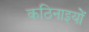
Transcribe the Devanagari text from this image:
कठिनाइयोें